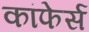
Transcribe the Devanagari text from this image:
कांफेर्स